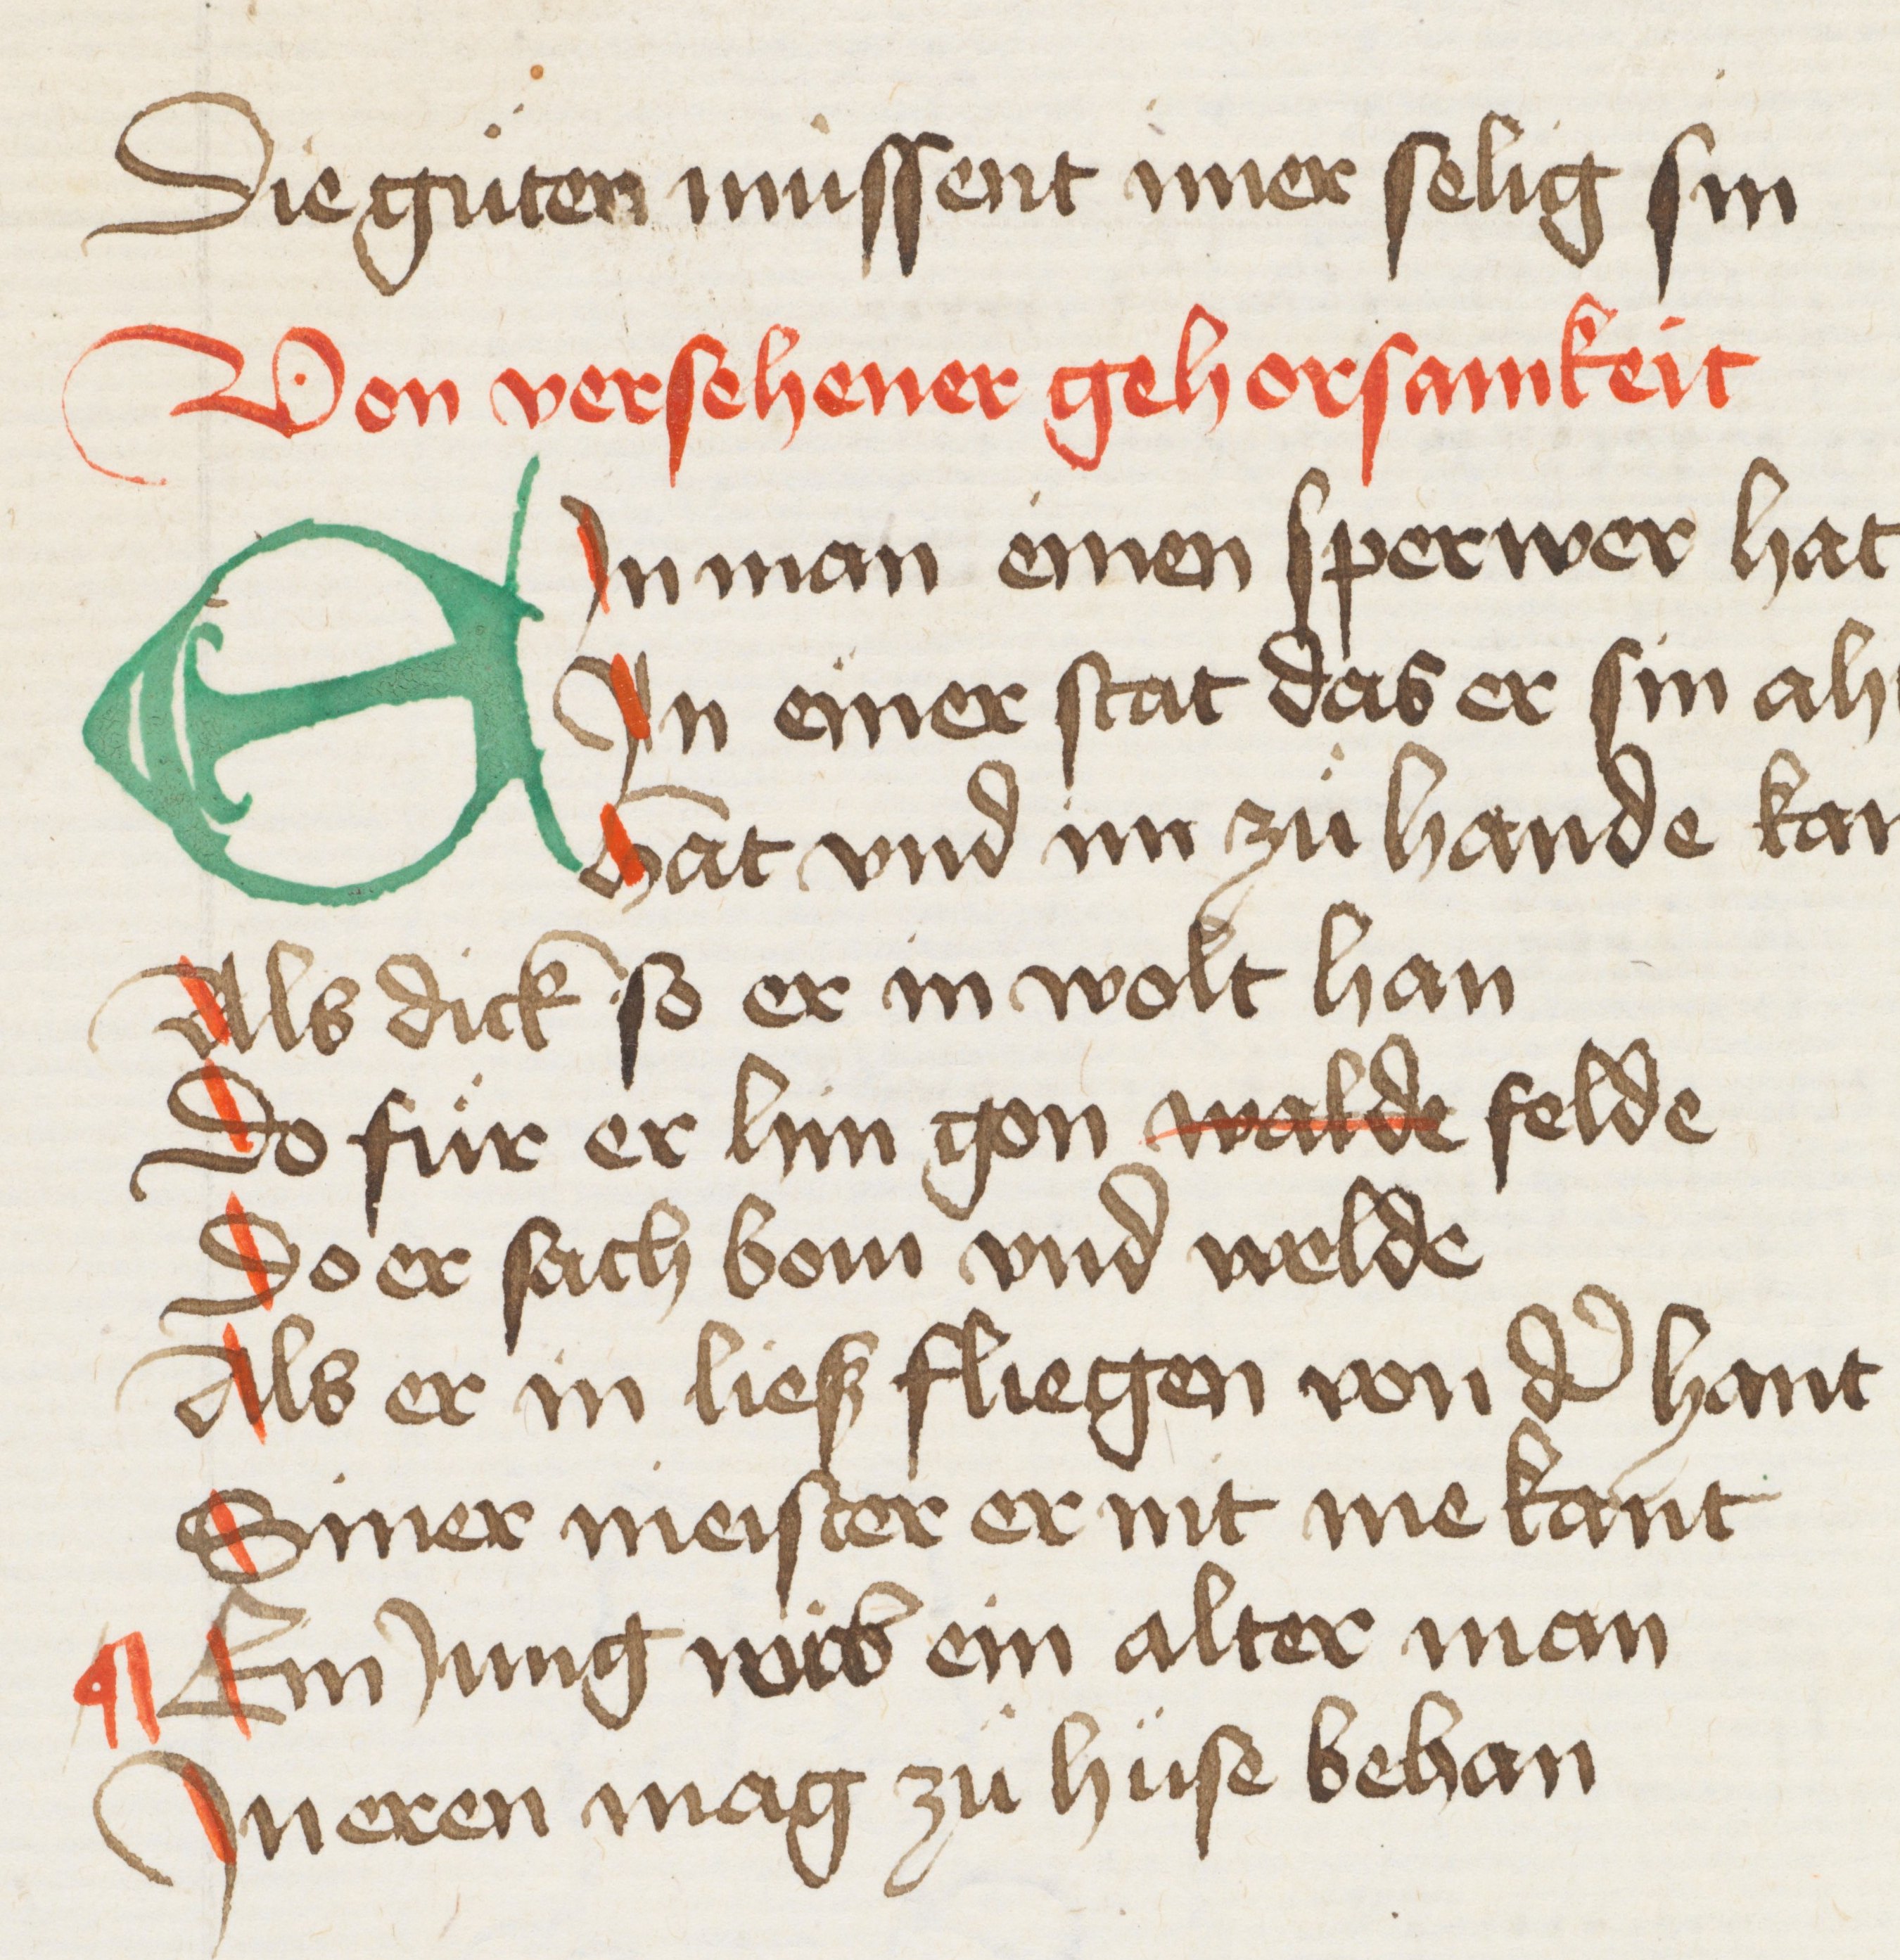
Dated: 1440–1475